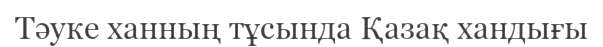
Тәуке ханның тұсында Қазақ хандығы